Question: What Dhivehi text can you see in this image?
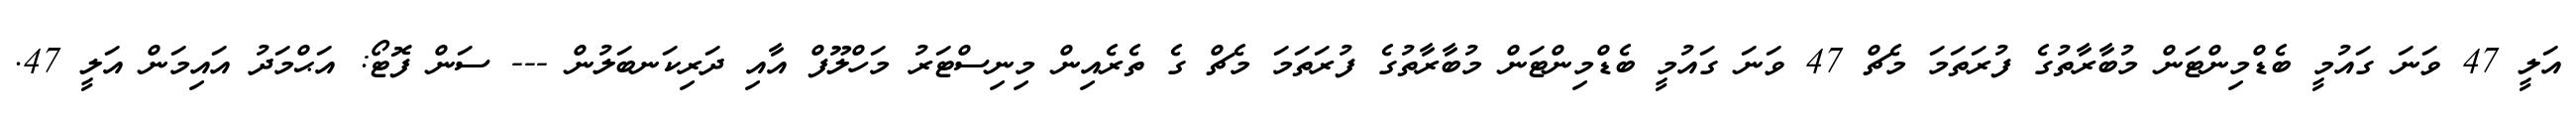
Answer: އަލީ 47 ވަނަ ގައުމީ ބެޑްމިންޓަން މުބާރާތުގެ ފުރަތަމަ މެޗް 47 ވަނަ ގައުމީ ބެޑްމިންޓަން މުބާރާތުގެ ފުރަތަމަ މެޗް ގެ ތެރެއިން މިނިސްޓަރު މަހްލޫފް އާއި ދަރިކަނބަލުން --- ސަން ފޮޓޯ: އަޙްމަދު އައިމަން އަލީ 47.